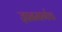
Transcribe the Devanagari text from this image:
ज्ञानमार्गाचा